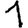
Digit: 1